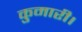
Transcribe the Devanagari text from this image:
कुमारी।